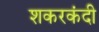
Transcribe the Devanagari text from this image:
शकरकंदी